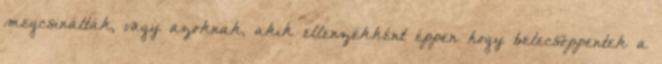
megcsinálták, vagy azoknak, akik ellenzékként éppen hogy belecsöppentek a